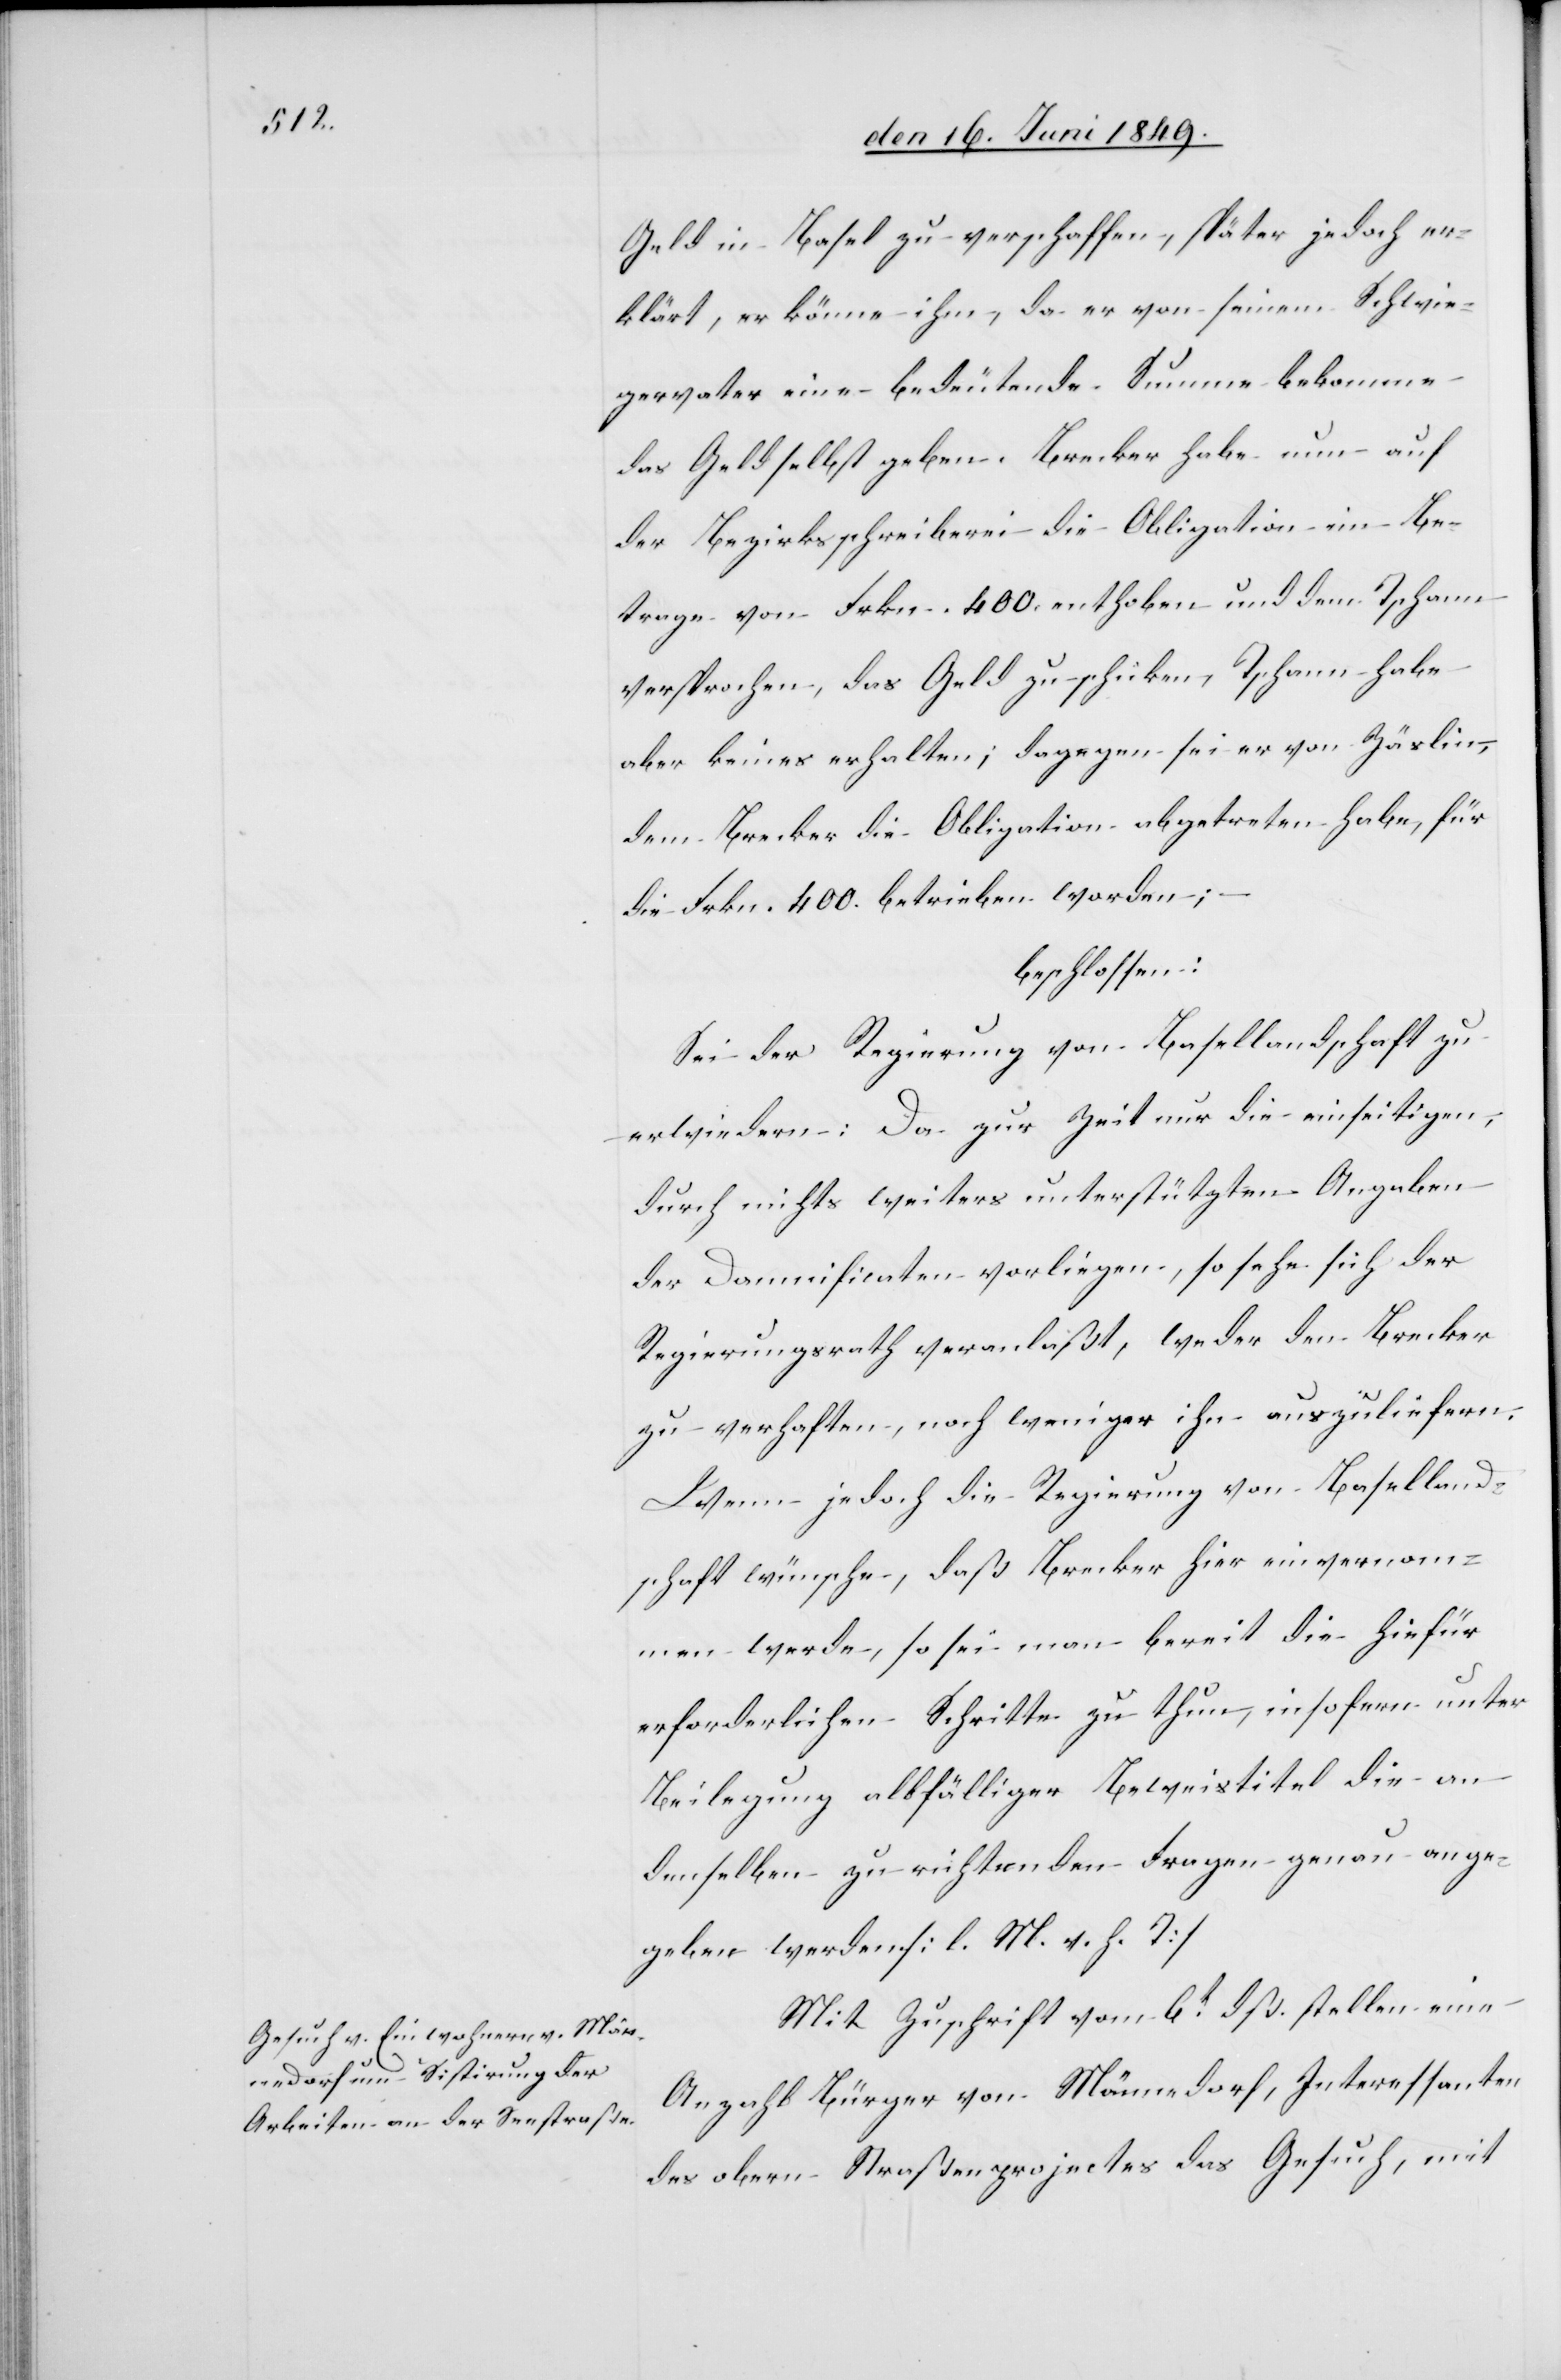
Geld in Basel zu verschaffen, später jedoch er¬
klärt, er könne ihm, da er von seinem Schwie¬
gervater eine bedeutende Summe bekomme,
das Geld selbst geben. Brecker habe nun auf
der Bezirksschreiberei die Obligation im Be¬
trage von Frkn. 400. enthoben und dem Tschann
versprochen, das Geld zu schicken, Tschann habe
aber keines erhalten; dagegen sei er von Zäslin,
dem Brecker die Obligation abgetreten habe, für
die Frkn. 400. betrieben worden;
beschlossen:
Sei der Regierung von Basellandschaft zu
erwiedern: Da zur Zeit nur die einseitigen,
durch nichts weiters unterstützten Angaben
der Damnificaten vorliegen, so sehe sich der
Regierungsrath veranlaßt, weder den Brecker
zu verhaften, noch weniger ihn auszuliefern.
Wenn jedoch die Regierung von Baselland¬
schaft wünsche, daß Brecker hier einvernom¬
men werde, so sei man bereit die hiefür
erforderlichen Schritte zu thun, insofern unter
Beilegung allfälliger Beweistitel die an
demselben zu richtenden Fragen genau ange¬
geben werden. [l. M. h. T]
Mit Zuschrift vom 6t dß. stellen eine
Anzahl Bürger von Männedorf, Interessenten
des obern Straßenprojectes das Gesuch, mit